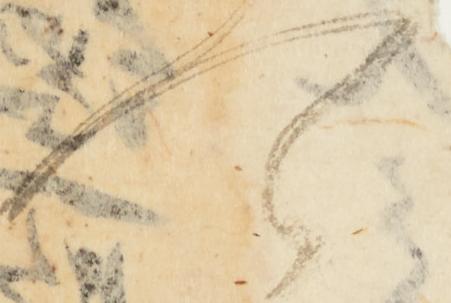
可